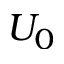
U _ { 0 }